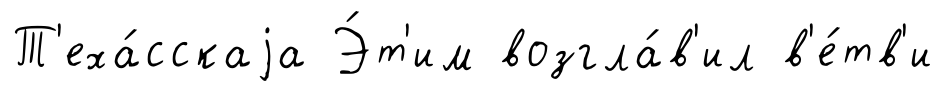
Т'еха́сскаjа Э́т'им возгла́в'ил в'е́тв'и